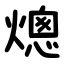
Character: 熜